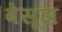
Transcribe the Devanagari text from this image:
बेसूझ